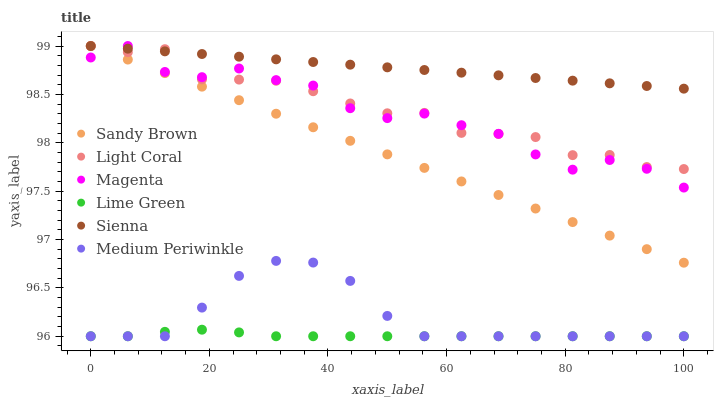
| xaxis_label | Sandy Brown | Light Coral | Magenta | Lime Green | Sienna | Medium Periwinkle |
 | --- | --- | --- | --- | --- | --- | --- |
 | 0 | 99 | 99 | 98.9 | 96 | 99 | 96 |
 | 6.25 | 98.9 | 98.9 | 99 | 96 | 99 | 96 |
 | 12.5 | 98.7 | 99 | 98.7 | 96 | 98.9 | 96 |
 | 18.8 | 98.6 | 98.7 | 98.7 | 96.1 | 98.9 | 96.3 |
 | 25 | 98.4 | 98.7 | 98.8 | 96 | 98.9 | 96.6 |
 | 31.2 | 98.3 | 98.6 | 98.6 | 96 | 98.9 | 96.8 |
 | 37.5 | 98.2 | 98.5 | 98.6 | 96 | 98.8 | 96.8 |
 | 43.8 | 98 | 98.4 | 98.4 | 96 | 98.8 | 96.6 |
 | 50 | 97.9 | 98.3 | 98.3 | 96 | 98.8 | 96.2 |
 | 56.2 | 97.7 | 98.3 | 98.3 | 96 | 98.8 | 96 |
 | 62.5 | 97.6 | 98.1 | 98.2 | 96 | 98.7 | 96 |
 | 68.8 | 97.5 | 98.1 | 98.1 | 96 | 98.7 | 96 |
 | 75 | 97.3 | 98.1 | 97.9 | 96 | 98.7 | 96 |
 | 81.2 | 97.2 | 97.9 | 97.7 | 96 | 98.6 | 96 |
 | 87.5 | 97 | 97.9 | 97.8 | 96 | 98.6 | 96 |
 | 93.8 | 96.9 | 97.7 | 97.7 | 96 | 98.6 | 96 |
 | 100 | 96.8 | 97.7 | 97.5 | 96 | 98.6 | 96 |